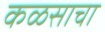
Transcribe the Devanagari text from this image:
कळसाचा